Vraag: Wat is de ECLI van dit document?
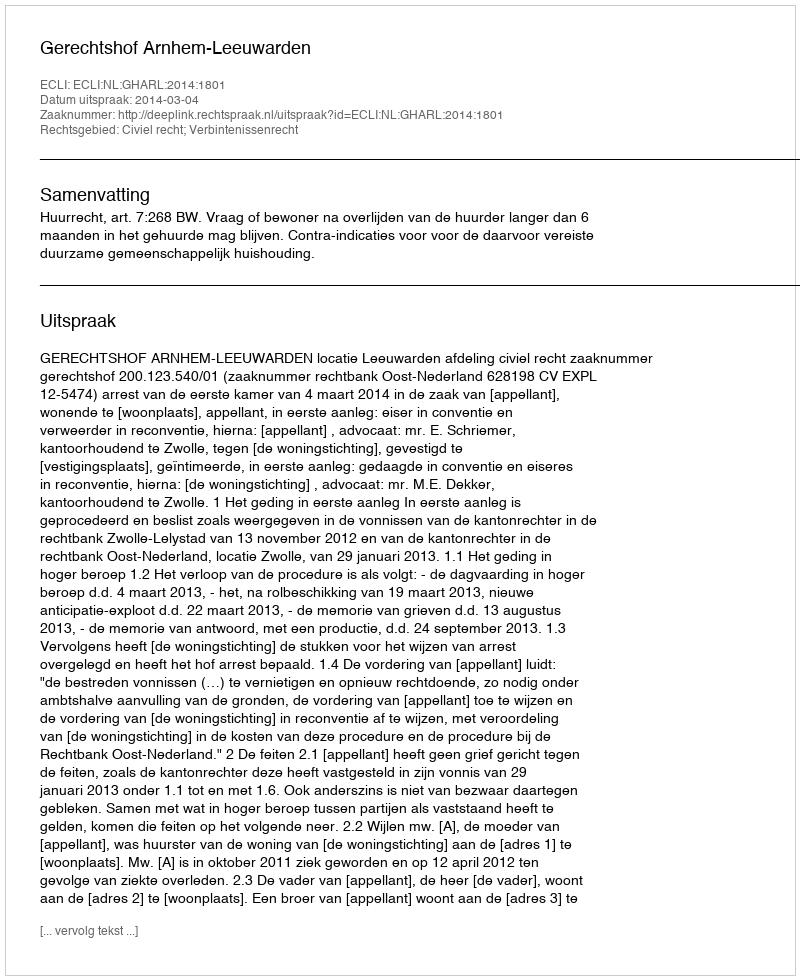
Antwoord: ECLI:NL:GHARL:2014:1801